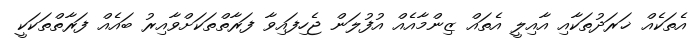
އެތަކެއް ޚަރަދުތަކާއި އާއިލީ އެތައް ޒިންމާއެއް އުފުލަން ޖެހިފައިވާ ފަރާތްތަކަށްވާއިރު ބައެއް ފަރާތްތަކަކީ